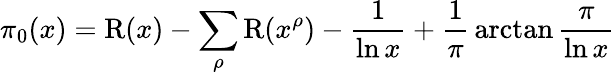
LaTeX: \pi_{0}(x)=\operatorname{R}(x)-\sum_{\rho}\operatorname{R}(x^{\rho})-{\frac{1}{\ln x}}+{\frac{1}{\pi}}\arctan{\frac{\pi}{\ln x}}